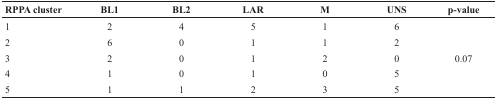
| RPPA cluster | BL1 | BL2 | LAR | M | UNS | p-value |
 | --- | --- | --- | --- | --- | --- | --- |
 | 1 | 2 | 4 | 5 | 1 | 6 | <ROWSPAN=5> 0.07 |
 | 2 | 6 | 0 | 1 | 1 | 2 |
 | 3 | 2 | 0 | 1 | 2 | 0 |
 | 4 | 1 | 0 | 1 | 0 | 5 |
 | 5 | 1 | 1 | 2 | 3 | 5 |